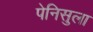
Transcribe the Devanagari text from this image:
पेनिसुला